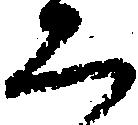
恐